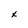
Character: x